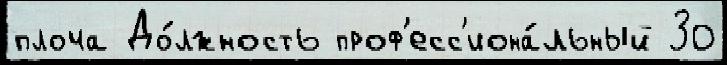
плоча До́лжность проф'есс'иона́льный 30